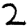
Digit: 2